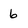
Character: 6